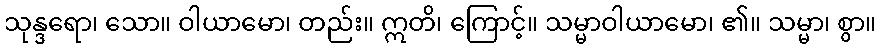
သုန္ဒရော၊ သော။ ဝါယာမော၊ တည်း။ ဣတိ၊ ကြောင့်။ သမ္မာဝါယာမော၊ ၏။ သမ္မာ၊ စွာ။